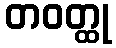
တဝတ္ထု